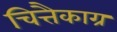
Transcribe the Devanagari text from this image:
चित्तैकाग्र